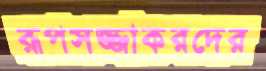
রূপসজ্জাকরদের